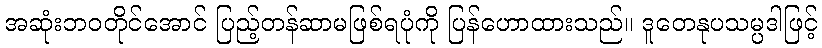
အဆုံးဘဝတိုင်အောင် ပြည့်တန်ဆာမဖြစ်ရပုံကို ပြန်ဟောထားသည်။ ဒူတေနုပသမ္ပဒါဖြင့်